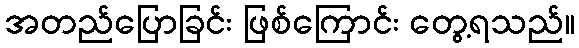
အတည်ပြောခြင်း ဖြစ်ကြောင်း တွေ့ရသည်။